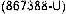
(867388-U)